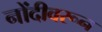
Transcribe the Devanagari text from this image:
नोंदीवरून